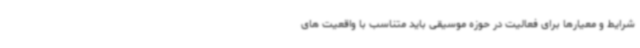
شرایط و معیارها برای فعالیت در حوزه موسیقی باید متناسب با واقعیت های